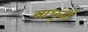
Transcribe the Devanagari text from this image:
साधूंनीं